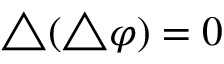
\bigtriangleup ( \bigtriangleup \varphi ) = 0